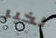
نخبر